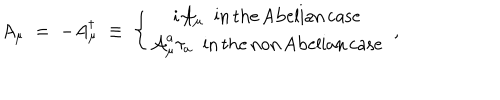
LaTeX: A _ { \mu } \; = \; - A _ { \mu } ^ { \dagger } \; \equiv \; \left\{ \begin{array} { c } { { i { \mathcal A } _ { \mu } \; \; \mathrm { i n \, t h e \, A b e l i a n \, c a s e } } } \\ { { { \mathcal A } _ { \mu } ^ { a } \tau _ { a } \; \; \mathrm { i n \, t h e \, n o n \, A b e l i a n \, c a s e } } } \\ \end{array} \right. \; ,